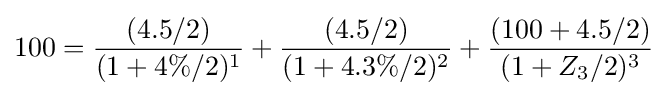
100={(4.5/2) \over (1+4\%/2)^{1}}+{(4.5/2) \over (1+4.3\%/2)^{2}}+{(100+4.5/2) \over (1+Z_{3}/2)^{3}}